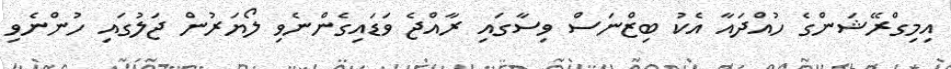
އިމިގްރޭޝަންގެ ހުއްދައާ އެކު ބިޒްނަސް ވިސާގައި ރާއްޖެ ވަޑައިގެންނެވި ލޯޔަރުން ޖަލުގައި ހުންނެވި